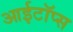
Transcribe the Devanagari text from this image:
आईटॉप्स